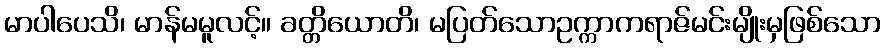
မာပါပေသိ၊ မာန်မမူလင့်။ ခတ္တိယောတိ၊ မပြတ်သောဥက္ကာကရာဇ်မင်းမျိုးမှဖြစ်သော